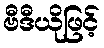
ဗီဒီယိုဖြင့်